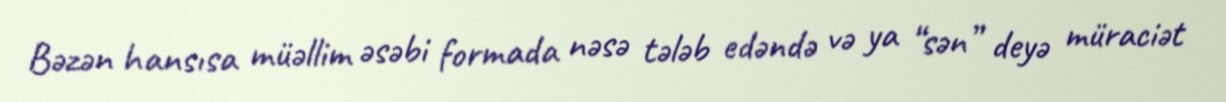
Bəzən hansısa müəllim əsəbi formada nəsə tələb edəndə və ya “sən” deyə müraciət